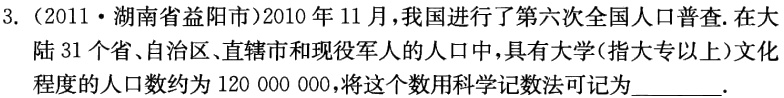
3.（2011·湖南省益阳市）2010年11月，我国进行了第六次全国人口普查.在大陆31个省、自治区、直辖市和现役军人的人口中，具有大学(指大专以上)文化程度的人口数约为120 000 000，将这个数用科学记数法可记为______.